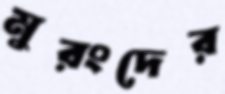
মুরংদের